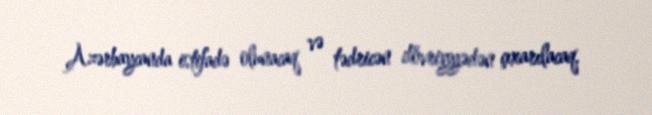
Azərbaycanda istifadə olunacaq və tədricən dövriyyədən çıxarılacaq.